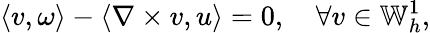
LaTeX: \left\langle v,\omega\right\rangle-\left\langle\nabla\times v,u\right\rangle=0,\quad\forall v\in\mathbb{W}_{h}^{1},